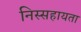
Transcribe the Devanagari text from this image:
निस्सहायता